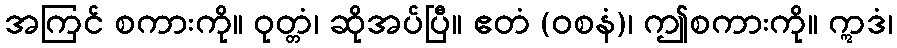
အကြင် စကားကို။ ဝုတ္တံ၊ ဆိုအပ်ပြီ။ ဧတံ (ဝစနံ)၊ ဤစကားကို။ ဣဒံ၊